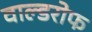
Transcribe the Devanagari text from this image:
वाल्डरोफ